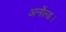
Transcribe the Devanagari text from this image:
अर्नोल्ड।